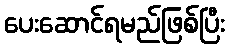
ပေးဆောင်ရမည်ဖြစ်ပြီး